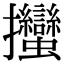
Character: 𢺳